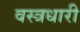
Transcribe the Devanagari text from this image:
वस्‍त्रधारी